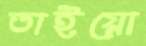
তাইয়ো